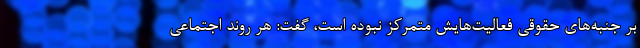
بر جنبه‌های حقوقی فعالیت‌هایش متمرکز نبوده است، گفت: هر روند اجتماعی